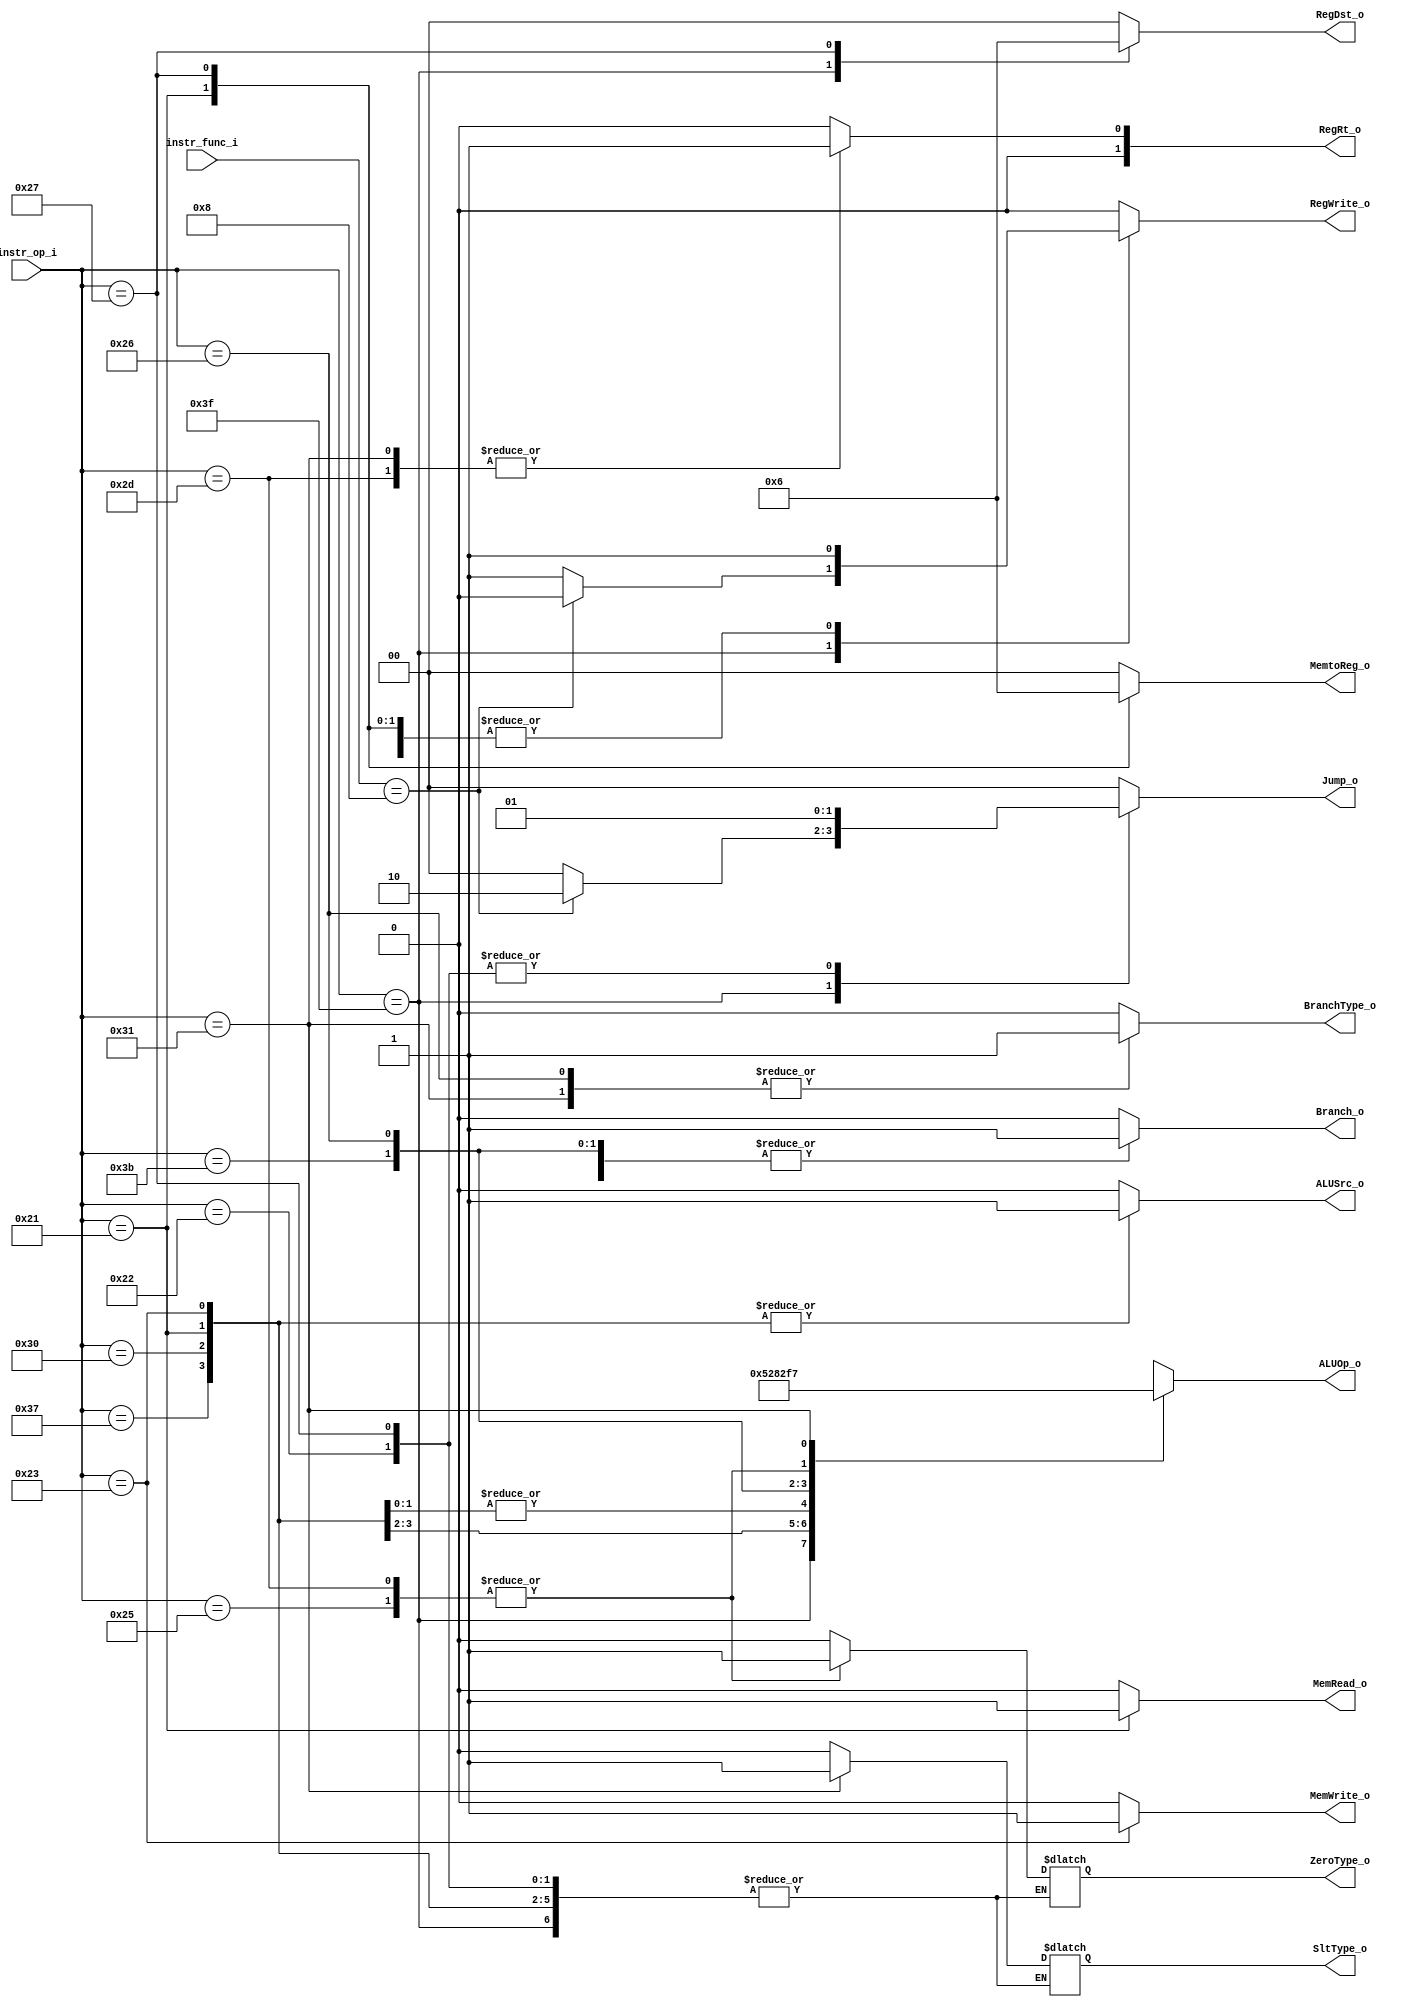
module Decoder( instr_op_i, instr_func_i, RegWrite_o,	ALUOp_o, ALUSrc_o, RegRt_o, RegDst_o, Branch_o, ZeroType_o, SltType_o, BranchType_o, Jump_o, MemRead_o, MemWrite_o, MemtoReg_o );
     
//I/O ports
input	[6-1:0] instr_op_i;
input	[6-1:0] instr_func_i;

output			RegWrite_o;
output	[3-1:0] ALUOp_o;
output			ALUSrc_o;
output	[2-1:0]	RegDst_o;

output	[2-1:0]	RegRt_o;
output			Branch_o;			
output			ZeroType_o;
output			SltType_o;
output			BranchType_o;
output	[2-1:0]	Jump_o;
output			MemRead_o;
output			MemWrite_o;
output	[2-1:0]	MemtoReg_o;
 
//Internal Signals
wire	[3-1:0] ALUOp_o;
wire			ALUSrc_o;
wire			RegWrite_o;
wire	[2-1:0]	RegRt_o;
wire	[2-1:0]	RegDst_o;
wire			Branch_o;	
wire			ZeroType_o;
wire			SltType_o;
wire			BranchType_o;		
wire	[2-1:0]	Jump_o;
wire			MemRead_o;
wire			MemWrite_o;
wire	[2-1:0]	MemtoReg_o;

reg		[3-1:0]	op;
reg				src;
reg				write;
reg		[2-1:0]	rt;
reg		[2-1:0]	Dst;

reg				branch;
reg				zerotype;
reg				slttype;
reg				branchtype;
reg		[2-1:0]	jump;
reg				mread;
reg				mwrite;
reg		[2-1:0]	mtoreg;

parameter [3-1:0] ALUOP_RTYPE=	3'b010;//2
parameter [3-1:0] ALUOP_ADDI =	3'b100;//4
parameter [3-1:0] ALUOP_LUI  =	3'b101;//5
parameter [3-1:0] ALUOP_LWSW  =	3'b000;//0
parameter [3-1:0] ALUOP_BEQ  =	3'b001;//1
parameter [3-1:0] ALUOP_BNE  =	3'b110;//6
parameter [3-1:0] ALUOP_BLT  =	3'b011;//3
parameter [3-1:0] ALUOP_BGEZ  =	3'b111;//7

parameter [6-1:0] OP_RTYPE = 6'b111111;
parameter [6-1:0] OP_ADDI  = 6'b110111;
//parameter [6-1:0] OP_BEQ   = 6'b111011;
//parameter [6-1:0] OP_ORI   = 6'b110010;
parameter [6-1:0] OP_LUI   = 6'b110000;

parameter [6-1:0] OP_BEQ   = 6'b111011;
parameter [6-1:0] OP_LW	   = 6'b100001;
parameter [6-1:0] OP_SW    = 6'b100011;
parameter [6-1:0] OP_JUMP  = 6'b100010;
parameter [6-1:0] OP_BNE   = 6'b100101;
parameter [6-1:0] OP_JAL   = 6'b100111;
parameter [6-1:0] OP_BLT   = 6'b100110;
parameter [6-1:0] OP_BNEZ  = 6'b101101;
parameter [6-1:0] OP_BGEZ  = 6'b110001;

//Main function
/*your code here*/

// R-type OP = 111111

always@(instr_op_i, instr_func_i) begin
//	$display("[Decoder]==> OPcode= %b",instr_op_i);
	case (instr_op_i)
		OP_RTYPE:begin
			write = ( instr_func_i == 6'b001000 ) ? 0 : 1;		// 1 => write, if Jr => dont write
			op 	= ALUOP_RTYPE;
			src = 0;		// 0 => Reg
			rt = 0;			
			Dst = 1;		// 1 => Rd
		//	$display("[Decoder]==> Rtype OPcode, aluop = %b",ALUOp_o);
			branch = 0;
			branchtype = 0;
			jump = (instr_func_i == 6'b001000)? 2 : 0;		// if Jr => jump2 ,else dont jump
			mread = 0;
			mwrite = 0;
			mtoreg = 0;
		end
		// ADDI OP = 6'b110111
		OP_ADDI: begin
			write = 1;		// 1 => write
			op = ALUOP_ADDI;
			src = 1;		// 1 => Imm
			rt = 0;
			Dst = 0;		// 0 => Rt
		//	$display("[Decoder]==> Addi OPcode, aluop = %b",ALUOp_o);
			branch = 0;	
			branchtype = 0;
			jump = 0;
			mread = 0;
			mwrite = 0;
			mtoreg = 0;		//
		end
		// LUI OP = b'b110000
		OP_LUI: begin
			write = 1;		// 1 => write
			op = ALUOP_LUI;
			src = 1;		// 1 => Imm
			rt = 0;
			Dst = 0;		// 0 => Rt
		//	$display("[Decoder]==> Lui OPcode, aluop = %b",ALUOp_o);
			branch = 0;
			branchtype = 0;
			jump = 0;
			mread = 0;
			mwrite = 0;
			mtoreg = 0;
		end
		OP_LW:begin
			write = 1;		// write to reg!
			op 	= ALUOP_LWSW;
			src = 1;		// 1 => Imm
			rt = 0;
			Dst = 0;		// 0 => Rt
			branch = 0;
			branchtype = 0;
			jump = 0;
			mread = 1;		// 1
			mwrite = 0;
			mtoreg = 1;	// 1 => mem to reg
			//$display("[Decoder]==> LW OPcode, aluop = %b",ALUOp_o);
		end
		OP_SW:begin
			write = 0;
			op 	= ALUOP_LWSW;
			src = 1;		// 1 => Imm
			rt = 0;
			Dst = 0;		// dont care
			branch = 0;
			branchtype = 0;
			jump = 0;
			mread = 0;
			mwrite = 1;		// 1
			mtoreg = 0;		//dont care
			//$display("[Decoder]==> SW OPcode, aluop = %b",ALUOp_o);
		end
		OP_BEQ:begin
			write = 0;		
			op 	= ALUOP_BEQ;
			src = 0;		// 0 => Reg
			rt = 0;
			Dst = 0;		 
			branch = 1;		//
			slttype = 0;	//dont care
			zerotype = 0; 	// if zero=1, ~zero=0, do branch
			branchtype = 0;	// equal type
			jump = 0;
			mread = 0;
			mwrite = 0;
			mtoreg = 0;
		end
		OP_BNE:begin
			write = 0;		
			op 	= ALUOP_BNE;
			src = 0;		// 0 => Reg 
			rt = 0;
			Dst = 0;		 
			branch = 1;		//
			slttype = 0;	//dont care
			zerotype = 1;	// if zero=0, ~zero=1, do branch
			branchtype = 0;	// equal type
			jump = 0;
			mread = 0;
			mwrite = 0;
			mtoreg = 0;
		end
		OP_JUMP:begin
			write = 0;		
			op 	= 3'bxxx;
			src = 0;
			rt = 0;		 
			Dst = 0;		 
			branch = 0;
			branchtype = 0;
			jump = 1;		// jump !
			mread = 0;
			mwrite = 0;
			mtoreg = 0;
		end
		OP_JAL:begin
			write = 1;		// write ! $r31 <= pc		
			op 	= 3'bxxx;
			src = 0;
			rt = 0;		 
			Dst = 2;		// 2 => $r31		 
			branch = 0;
			branchtype = 0;
			jump = 1;		// jump !
			mread = 0;
			mwrite = 0;
			mtoreg = 2;		// use pc as result
		end
		OP_BLT:begin
			write = 0;		
			op 	= ALUOP_BLT;
			src = 0;		// 0 => Reg 
			rt = 0;			// rs<rt?
			Dst = 0;		 
			branch = 1;		//
			zerotype = 0;	//dont care
			slttype = 0;	// if (rs<rt)=> slt=1 ~slt=0
			branchtype = 1;	// slt type
			jump = 0;
			mread = 0;
			mwrite = 0;
			mtoreg = 0;
		end
		OP_BNEZ:begin
			write = 0;		
			op 	= ALUOP_BNE;
			src = 0;		// 0 => Reg
			rt = 1;			// rs != 0 ? 
			Dst = 0;		 
			branch = 1;		//
			zerotype = 1;	// if zero=0, ~zero=1, do branch
			slttype = 0;	//dont care
			branchtype = 0;	// equal type
			jump = 0;
			mread = 0;
			mwrite = 0;
			mtoreg = 0;
		end
		OP_BGEZ:begin
			write = 0;		
			op 	= ALUOP_BGEZ;
			src = 0;		// 0 => Reg 
			rt = 1;			// rs >= 0 ?
			Dst = 0;		 
			branch = 1;		//
			slttype = 1;	// if rs>=0 slt=0 ~slt=1
			zerotype = 0;	//dont care
			branchtype = 1;	// slt type
			jump = 0;
			mread = 0;
			mwrite = 0;
			mtoreg = 0;
		end
		default:begin
			write = 0;		
			op 	= 3'bxxx;
			src = 0;		 
			rt = 0;
			Dst = 0;		 
			branch = 0;
			slttype=0;
			zerotype=0;
			branchtype = 0;
			jump = 0;		// jump !
			mread = 0;
			mwrite = 0;
			mtoreg = 0;
		end
	endcase
end

assign	RegWrite_o = write;
assign	ALUOp_o = op;
assign	ALUSrc_o = src;
assign	RegDst_o = Dst;
assign	RegRt_o = rt;
assign	Branch_o = branch;
assign	ZeroType_o = zerotype;
assign	SltType_o = slttype;
assign	BranchType_o = branchtype;
assign	Jump_o = jump;
assign	MemRead_o = mread;
assign	MemWrite_o = mwrite;
assign	MemtoReg_o = mtoreg;

endmodule